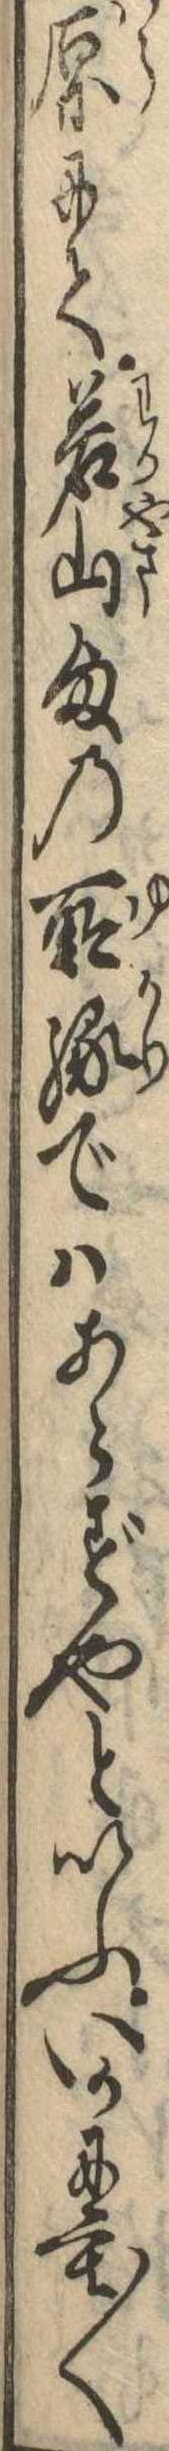
原にて若山様の所縁ではあらずやといふいかにも〱